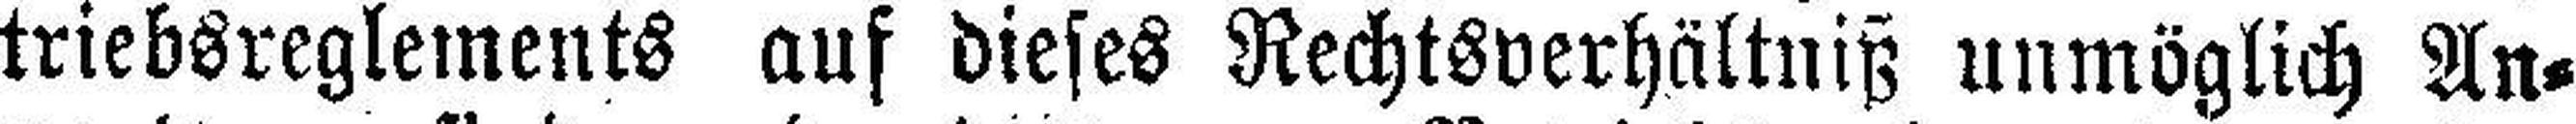
triebsreglements auf dieses Rechtsverhältniß unmöglich An¬